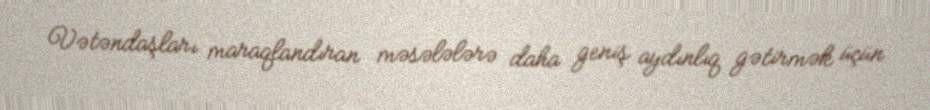
Vətəndaşları maraqlandıran məsələlərə daha geniş aydınlıq gətirmək üçün